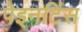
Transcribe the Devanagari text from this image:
पेइनटिंस